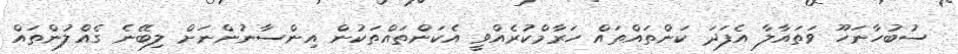
ސުބުހާނަހޫ ވަތައާލާ އެފަދަ ކަންތައްތައް ހަރާމްކުރެއްވީ އެކަންތައްތަކުން އިންސާނުންނަށް ލިބޭނެ ގެއްލުންތައް